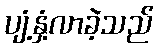
ပျံ့နှံ့လာခဲ့သည်